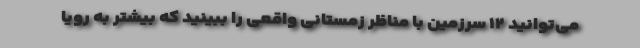
می‌توانید ۱۲ سرزمین با مناظر زمستانی واقعی را ببینید که بیشتر به رویا‌